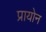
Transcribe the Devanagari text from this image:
प्रायोन